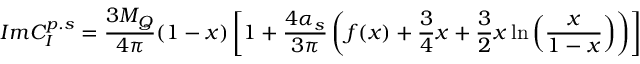
I m C _ { I } ^ { p . s } = \frac { 3 M _ { Q } } { 4 \pi } ( 1 - x ) \left[ 1 + \frac { 4 \alpha _ { s } } { 3 \pi } \left( f ( x ) + \frac 3 4 x + \frac 3 2 x \ln \left( \frac { x } { 1 - x } \right) \right) \right]